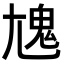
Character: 𩲄